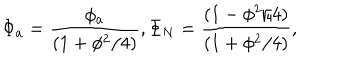
LaTeX: \Phi _ { a } = \frac { { \phi _ { a } } } { ( 1 + \phi ^ { 2 } / 4 ) } , \Phi _ { N } = \frac { { ( 1 - \phi ^ { 2 } / 4 ) } } { ( 1 + \phi ^ { 2 } / 4 ) } ,